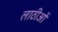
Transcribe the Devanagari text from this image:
लाठीओं